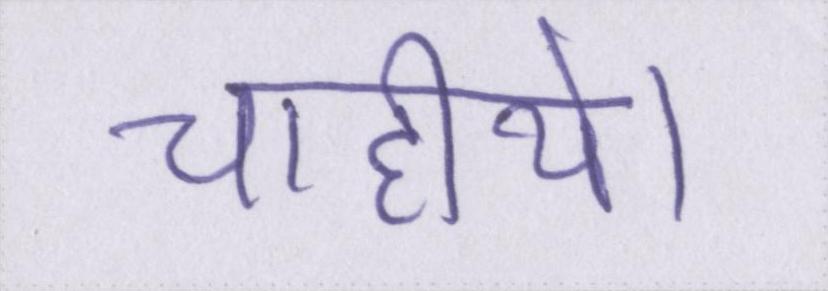
चाहीये।